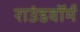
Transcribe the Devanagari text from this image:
राउंडवॉर्म